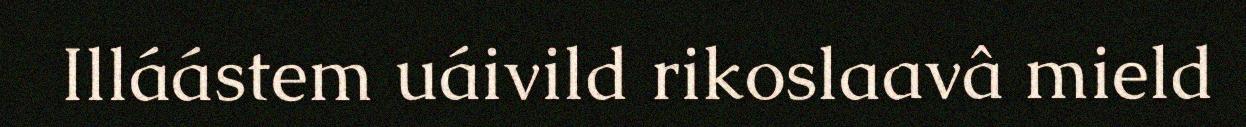
Illáástem uáivild rikoslaavâ mield